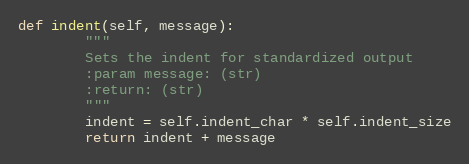
Language: Python
def indent(self, message):
        """
        Sets the indent for standardized output
        :param message: (str)
        :return: (str)
        """
        indent = self.indent_char * self.indent_size
        return indent + message